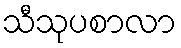
သီသုပစာလာ